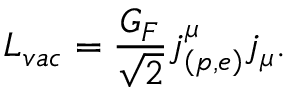
{ \cal L } _ { v a c } = \frac { G _ { F } } { \sqrt { 2 } } j _ { \left( p , e \right) } ^ { \mu } j _ { \mu } .